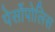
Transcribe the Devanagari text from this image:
पेर्सोपोलिस